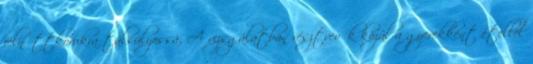
felnőttkorukra túlsúlyossá. A vizsgálatban résztvevők közül a gyerekként étellel